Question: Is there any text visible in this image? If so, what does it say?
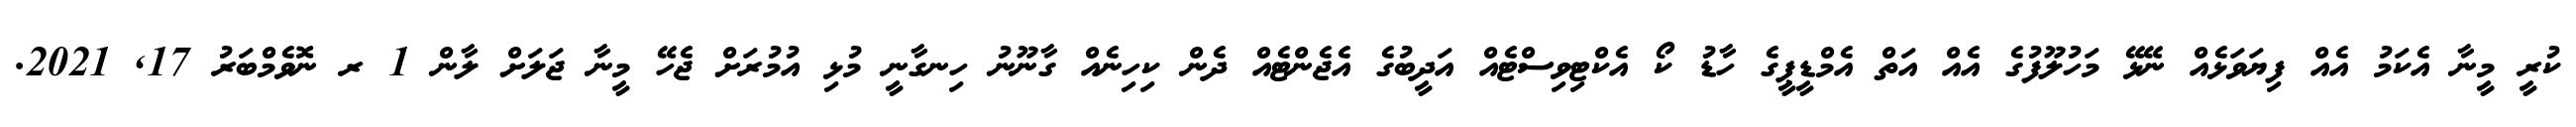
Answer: ކުރީ މީނާ އެކަމު އެއް ފިޔަވަޅެއް ނޭޅޭ މަހުލޫފުގެ އެއް އަތް އެމްޑީޕީގެ ހާޑު ކޯ އެކްޓިވިސްޓެއް އަދީބުގެ އެޖެންޓެއް ދެން ކިހިނެއް ގާނޫނު ހިނގާނީ މުޅި އުމުރަށް ޖެހޭ މީނާ ޖަލަށް ލާން 1 ރ ނޮވެމްބަރު 17, 2021.